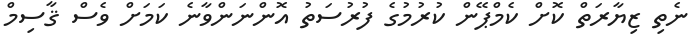
ނެތި ޒިޔާރަތް ކޮށް ކެމްޕޭން ކުރުމުގެ ފުރުސަތު އޮންނަންވާނެ ކަމަށް ވެސް ޤާސިމް